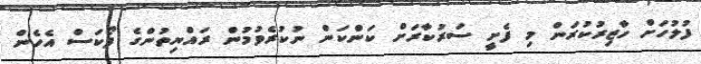
ފުލުހަށް ހާޒިރުކުރަން މި ފެށީ ސަރުކާރަށް ކަންކަން ނުކުރެވުމުން ރައްޔިތުންގެ ފޯކަސް އެހެން